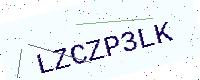
Text: LZCZP3LK